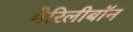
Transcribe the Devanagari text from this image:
मेरिलीबॉन